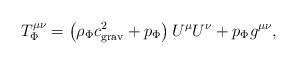
LaTeX: \begin{align*}T^{\mu\nu}_{\Phi}=\left(\rho_{\Phi}c^2_{\rm grav}+p_{\Phi}\right)U^{\mu}U^{\nu}+p_{\Phi}g^{\mu\nu},\end{align*}